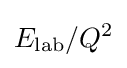
E_{\rm {lab}}/Q^{2}